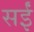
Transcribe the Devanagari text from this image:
सईं